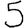
Digit: 5